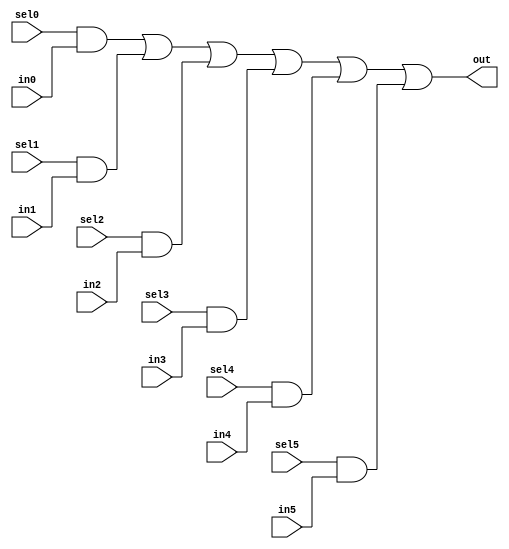
module oh_mux6 #(parameter DW = 1 ) // width of mux
   (
    input 	    sel5,
    input 	    sel4,
    input 	    sel3,
    input 	    sel2,
    input 	    sel1,
    input 	    sel0,
    input [DW-1:0]  in5,
    input [DW-1:0]  in4,
    input [DW-1:0]  in3,
    input [DW-1:0]  in2,
    input [DW-1:0]  in1,
    input [DW-1:0]  in0, 
    output [DW-1:0] out  //selected data output
    );
    
   assign out[DW-1:0] = ({(DW){sel0}} & in0[DW-1:0] |
			 {(DW){sel1}} & in1[DW-1:0] |
			 {(DW){sel2}} & in2[DW-1:0] |
			 {(DW){sel3}} & in3[DW-1:0] |
			 {(DW){sel4}} & in4[DW-1:0] |
			 {(DW){sel5}} & in5[DW-1:0]);
   
   
endmodule